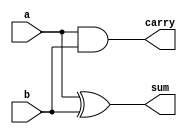
module half_adder(a,b,sum,carry);
input a,b;
output sum, carry;

// gate level

xor xor_1(sum,a,b);
and and_1(carry,a,b);

endmodule